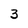
Character: 3